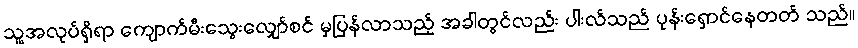
သူ့အလုပ်ရှိရာ ကျောက်မီးသွေးလျှော်စင် မှပြန်လာသည့် အခါတွင်လည်း ပါးလ်သည် ပုန်းရှောင်နေတတ် သည်။